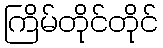
ကြိမ်တိုင်တိုင်